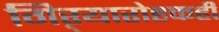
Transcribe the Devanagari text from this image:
गिऱ्यारोहकही